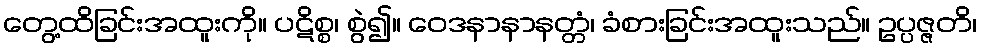
တွေ့ထိခြင်းအထူးကို။ ပဋိစ္စ၊ စွဲ၍။ ဝေဒနာနာနတ္တံ၊ ခံစားခြင်းအထူးသည်။ ဥပ္ပဇ္ဇတိ၊